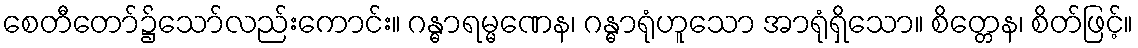
စေတီတော်၌သော်လည်းကောင်း။ ဂန္ဓာရမ္မဏေန၊ ဂန္ဓာရုံဟူသော အာရုံရှိသော။ စိတ္တေန၊ စိတ်ဖြင့်။